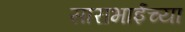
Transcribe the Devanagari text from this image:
साराभाईंच्या